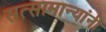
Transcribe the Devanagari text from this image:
सत्सामान्यांनी